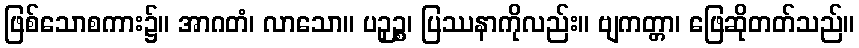
ဖြစ်သောစကား၌။ အာဂတံ၊ လာသော။ ပဉှဉ္စ၊ ပြဿနာကိုလည်း။ ဗျကတ္တာ၊ ဖြေဆိုတတ်သည်။